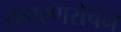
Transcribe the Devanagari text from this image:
रामरणरोचन